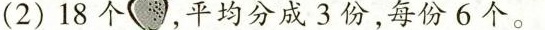
(2)18个，平均分成3份，每份6个。